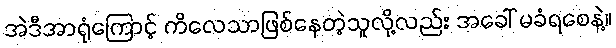
အဲဒီအာရုံကြောင့် ကိလေသာဖြစ်နေတဲ့သူလို့လည်း အခေါ် မခံရစေနဲ့။